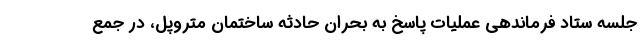
جلسه ستاد فرماندهی عملیات پاسخ به بحران حادثه ساختمان متروپل، در جمع